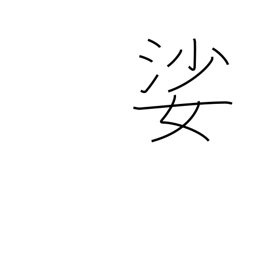
Meaning: old woman